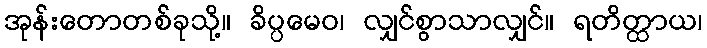
အုန်းတောတစ်ခုသို့။ ခိပ္ပမေဝ၊ လျှင်စွာသာလျှင်။ ရတိတ္ထာယ၊